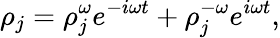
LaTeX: {\rho}_{j}={\rho}_{j}^{\omega}e^{-i\omega t}+{\rho}_{j}^{-\omega}e^{i\omega t},